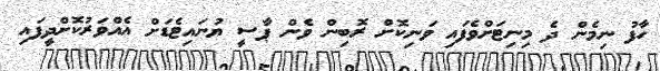
ހާފު ނިމެން ދެ މިނިޓަށްވެފައި ވަނިކޮށް ރޮބިން ވެން ޕާސީ ޔުނައިޓެޑަށް އެއްވަރުކޮށްދީފައި